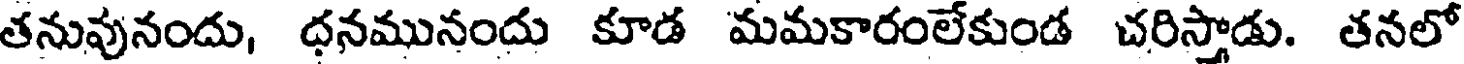
తనువునందు, ధనమునందు కూడ మమకారంలేకుండ చరిస్తాడు. తనలో